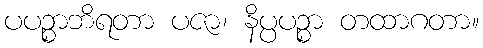
ပပဉ္စာဘိရတာ ပဇာ၊ နိပ္ပပဉ္စာ တထာဂတာ။